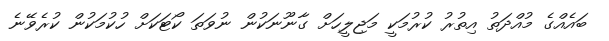
ބައެއްގެ މުއްދަތު އިތުރު ކުރުމަކީ މަޖިލީހަށް ގާނޫނަކުން ނުވަތަ ކޯޓަކަށް ހުކުމަކުން ކުރެވޭނެ